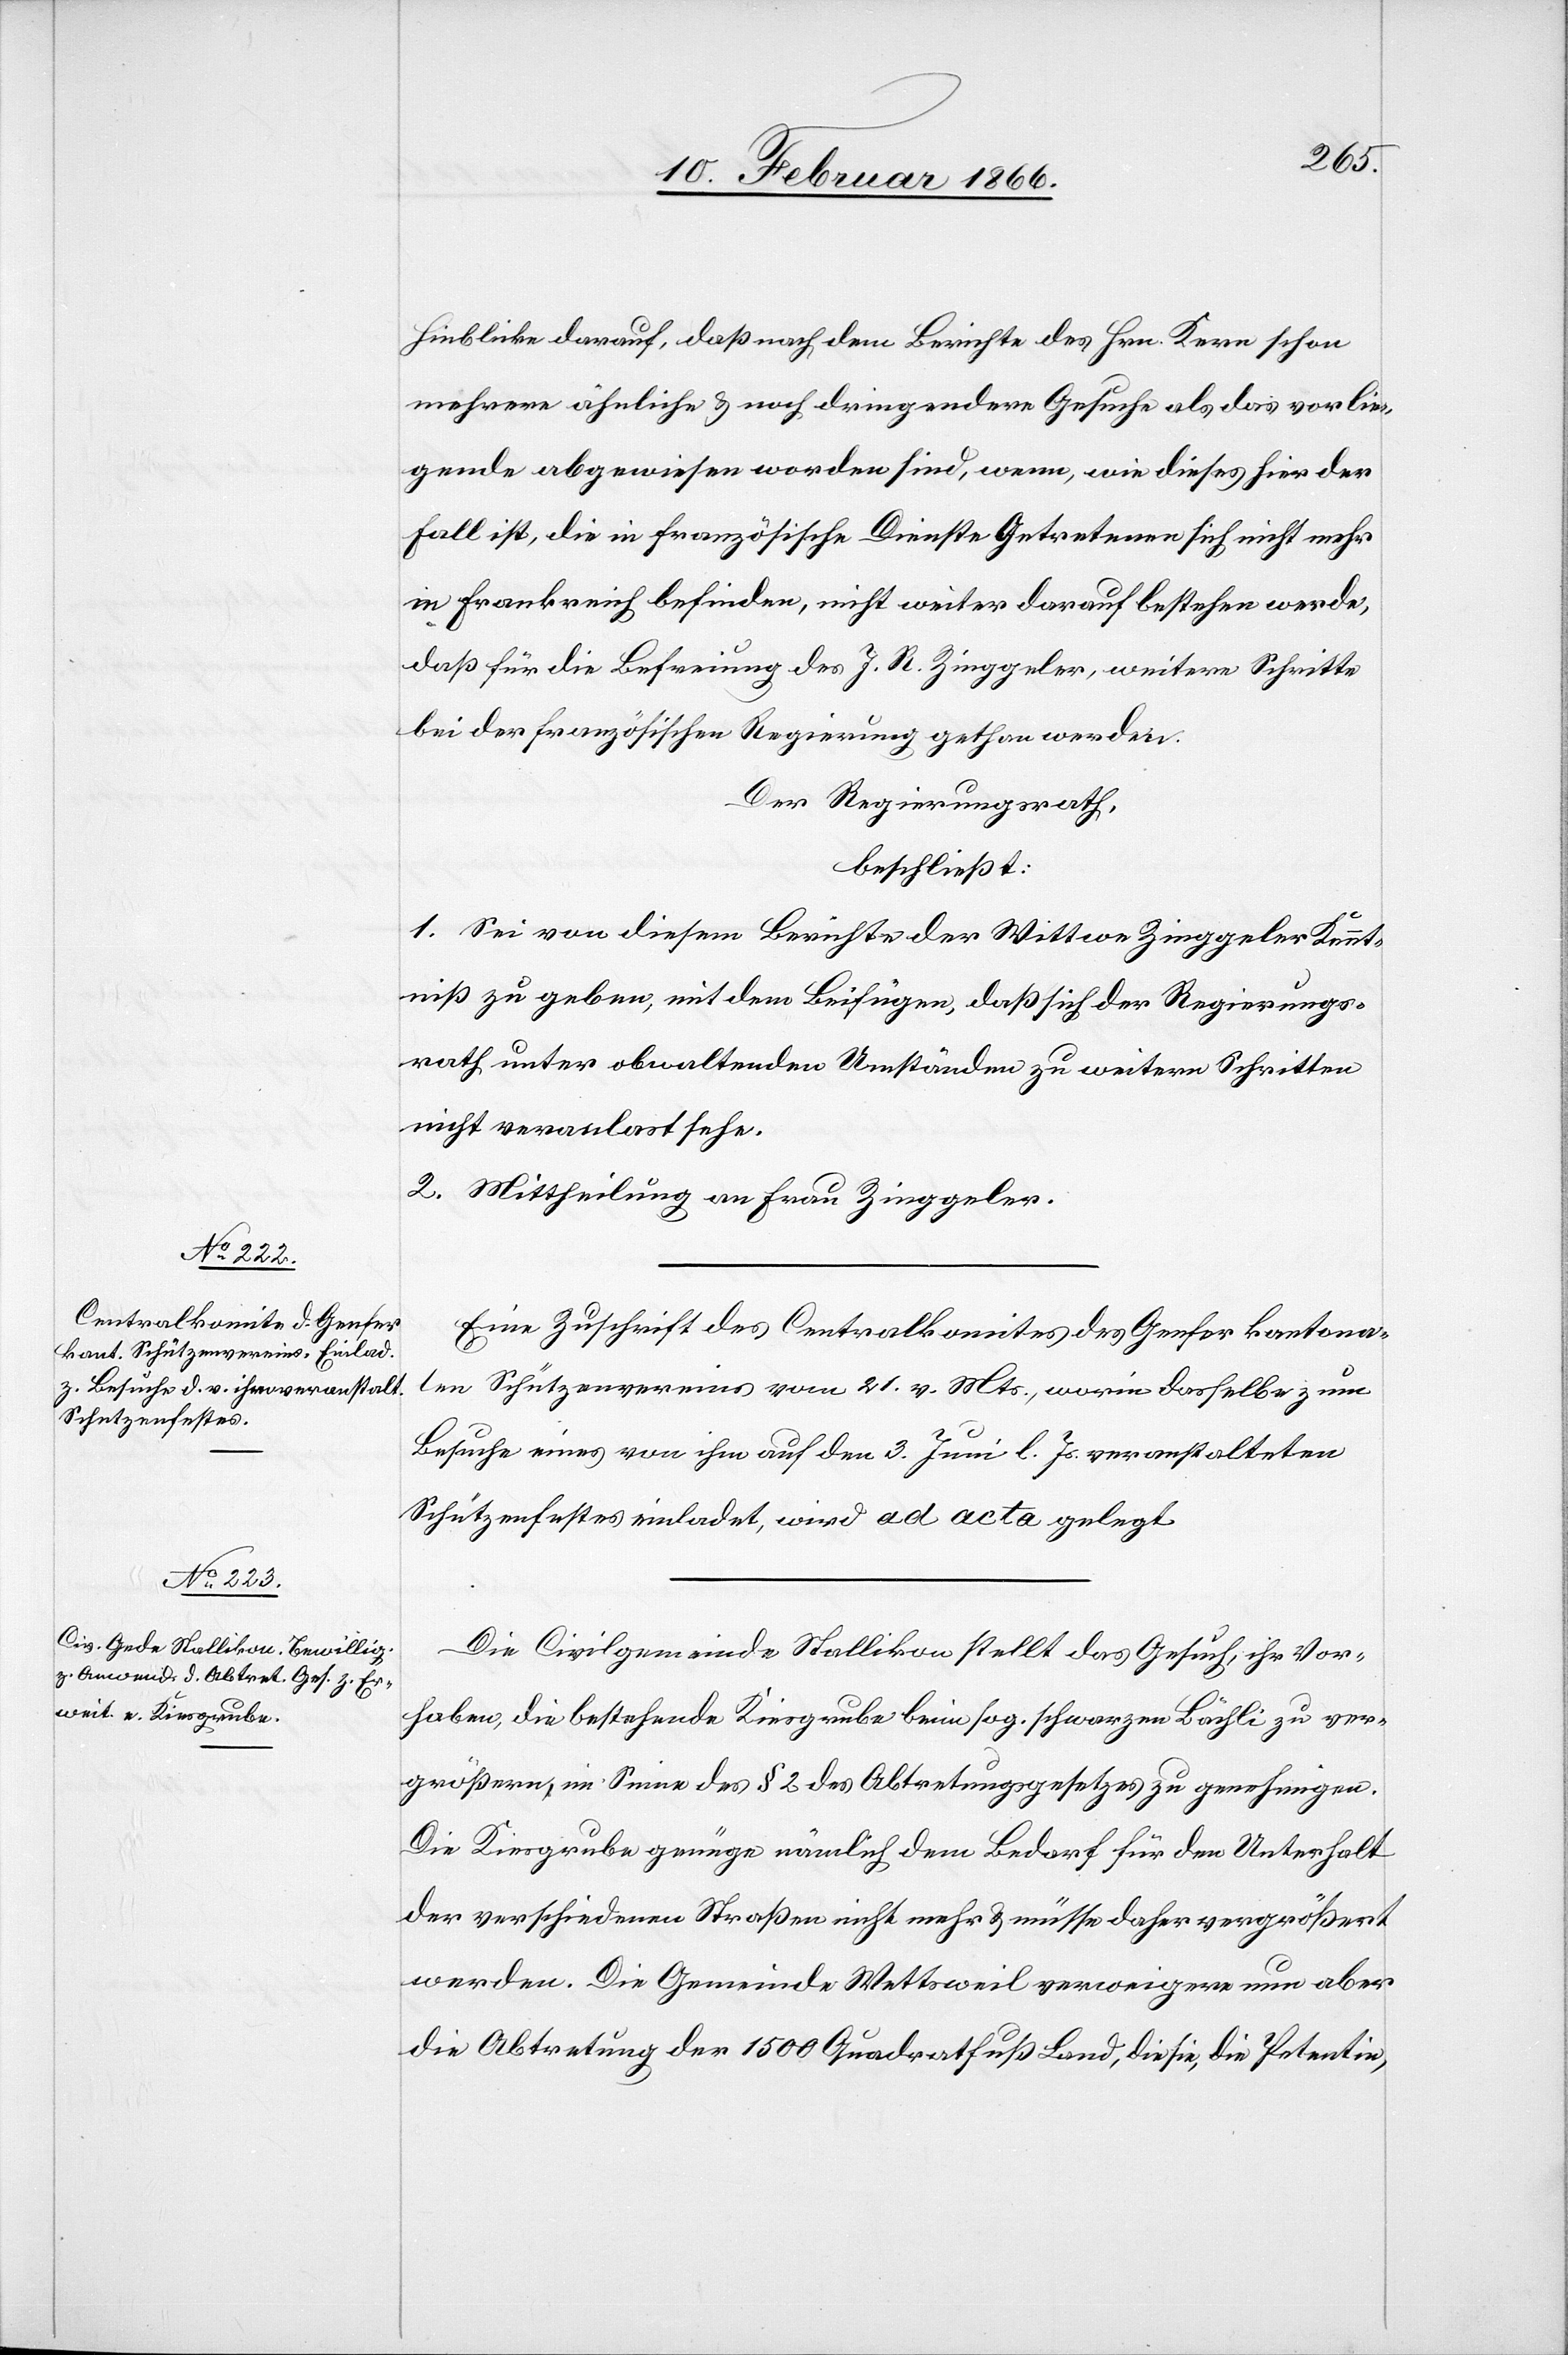
Hinblicke darauf, daß nach dem Berichte des Hrn. Kern schon
mehrere ähnliche u. noch dringendere Gesuche als das vorlie¬
gende abgewiesen worden sind, wenn, wie dieses hier der
Fall ist, die in französische Dienste Getretenen sich nicht mehr
in Frankreich befinden, nicht weiter darauf bestehen werde,
daß für die Befreiung des J. R. Zinggeler, weitere Schritte
bei der französischen Regierung gethan werden.
Der Regierungsrath,
beschließt:
1. Sei von diesem Berichte der Wittwe Zinggeler Kennt¬
niß zu geben, mit dem Beifügen, daß sich der Regierungs¬
rath unter den obwaltenden Umständen zu weitern Schritten
nicht veranlaßt sehe.
2. Mittheilung an Frau Zinggeler.
Eine Zuschrift des Contralkomites des Genfer kantona¬
len Schützenvereins vom 21. v. Mts., worin dasselbe zum
Besuche eines von ihm auf den 3. Juni. l. Js. veranstalteten
Schützenfestes einladet, wird ad acta gelegt.
Die Civilgemeinde Stallikon stellt das Gesuch, ihr Vor¬
haben, die bestehende Kiesgrube beim sog. schwarzen Löchli zu ver¬
größern im Sinne des § 2 des Abtretungsgesetzes zu genehmigen.
Die Kiesgrube genüge nämlich dem Bedarf für den Unterhalt
der verschiedenen Straßen nicht mehr u. müsse daher vergrößert
werden. Die Gemeinde Wattweil verweigere nun aber
die Abtretung der 1500 Quadratfuß Land, die sie, die Petentin,